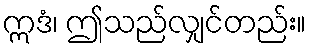
ဣဒံ၊ ဤသည်လျှင်တည်း။